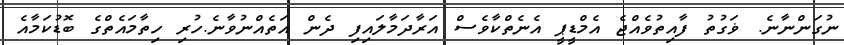
ނުގަންނާނެ. ޥަގުތު ފާއިތުވެއްޖެ އެމްޑީޕީ އެނެތްކާވެސް އަރާދަމާލައިފި ދެން އަތެއްނުވާނެ.ހުރި ހިތާމައެތްގެ ބޮޑުކަމާއެ